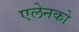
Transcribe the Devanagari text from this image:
एलेनको